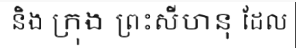
និង ក្រុង ព្រះសីហនុ ដែល